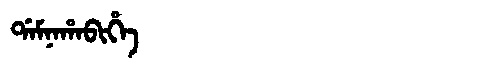
Manchu: ᡩᠠᠮᠨᠠᡥᠠᠪᡳᡥᡝ
Romanization: DAMNAHABIHE